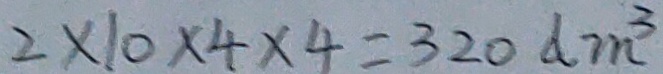
2 \times 1 0 \times 4 \times 4 = 3 2 0 d m ^ { 3 }